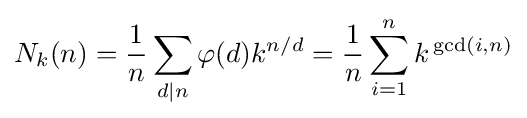
N_{k}(n)={\frac {1}{n}}\sum _{d\mid n}\varphi (d)k^{n/d}={\frac {1}{n}}\sum _{i=1}^{n}k^{\,{\rm {gcd}}(i,n)}